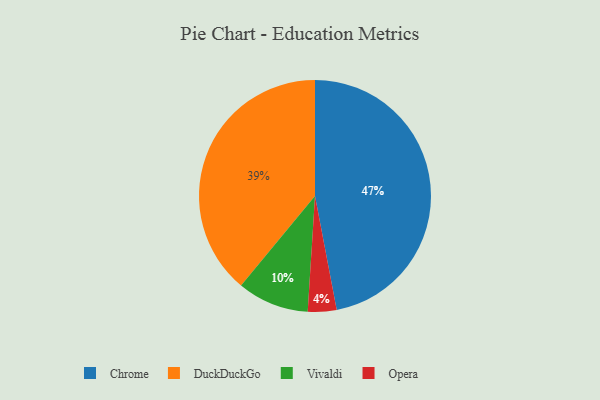
{"axis": {"x": "Category", "y": "Percentage"}, "legend": ["Chrome", "DuckDuckGo", "Opera", "Vivaldi"], "data": [{"x": "Chrome", "y": 47, "type": "Chrome"}, {"x": "Opera", "y": 4, "type": "Opera"}, {"x": "DuckDuckGo", "y": 39, "type": "DuckDuckGo"}, {"x": "Vivaldi", "y": 10, "type": "Vivaldi"}]}